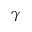
\gamma